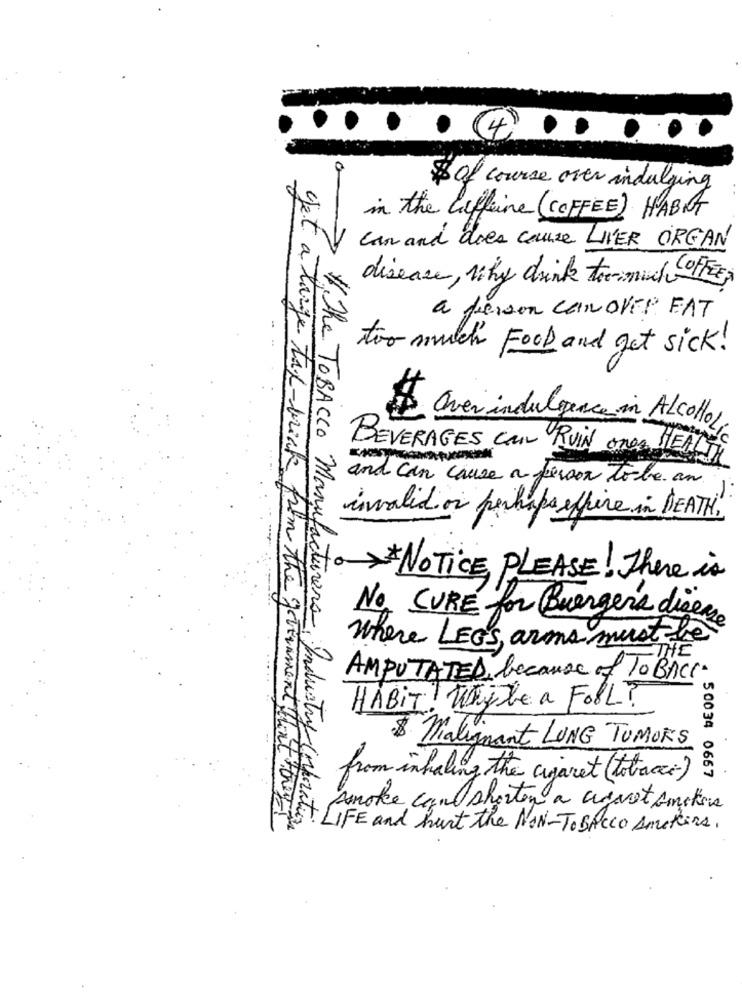
...
4
$ of course over indulging
in the liffeine (COFFEE) HABAT
can and does cause LIVER ORGAN
disease, why drink toomuch ofFee
a person canOVER FAT
too much Food and get sick !
$ Over indulgence in ALCOHOL
BEVERAGES Can RUIN ones HEALTH
and can cause a person to be an
invalid or perhaps effire in DEATH,
NOTICE, PLEASE! There is
No CURE for Burgers dieen
where LEGS, arma must be
THE
AMPUTATED, because of To BACK
HABIT! Whyte a Foll ?
$ Malignant LUNG TUMORS
. 50034 0667
from inhaling the cigaret ( tobac:)
smoke can shorten a arvet Amotions
get a large tax- brick from the government that they
* The TOBACCO Manufacturers, Industry Corporation
LIFE and hurt the NON-TOBACCO Ameters.